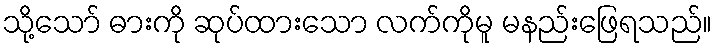
သို့သော် ဓားကို ဆုပ်ထားသော လက်ကိုမူ မနည်းဖြေရသည်။